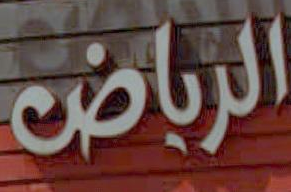
الرياض